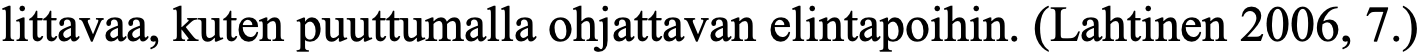
littavaa, kuten puuttumalla ohjattavan elintapoihin. (Lahtinen 2006, 7.)